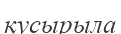
қусырыла